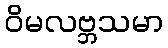
ဝိမလဗ္ဘသမာ